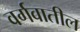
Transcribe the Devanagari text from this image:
वर्गवातील